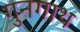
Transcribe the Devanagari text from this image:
गुनगाथ